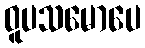
ဝူပသမောပေ